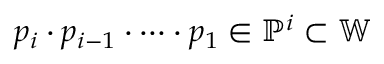
p _ { i } \boldsymbol { \cdot } p _ { i - 1 } \boldsymbol { \cdot } \dots \boldsymbol { \cdot } p _ { 1 } \in \mathbb { P } ^ { i } \subset \mathbb { W }